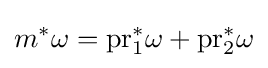
m^{*}\omega ={\rm {pr}}_{1}^{*}\omega +{\rm {pr}}_{2}^{*}\omega